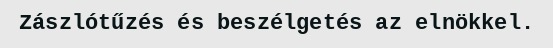
Zászlótűzés és beszélgetés az elnökkel.